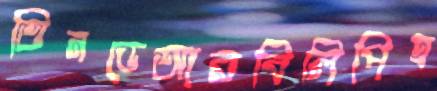
তিনডেআরবিলিপিহ